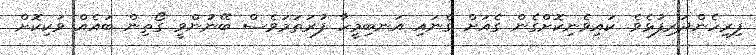
ފިރިހެންދަރިފުޅެވެ. ކައިވެނިކޮށްގެން ގެއަށް ގެނައި އަނބިމީހާ ފުރަތަމަވެސް ބޭނުންވީ ގޯތިން ބައެއް ވަކިކޮށް